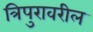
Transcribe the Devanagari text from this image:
त्रिपुरावरील